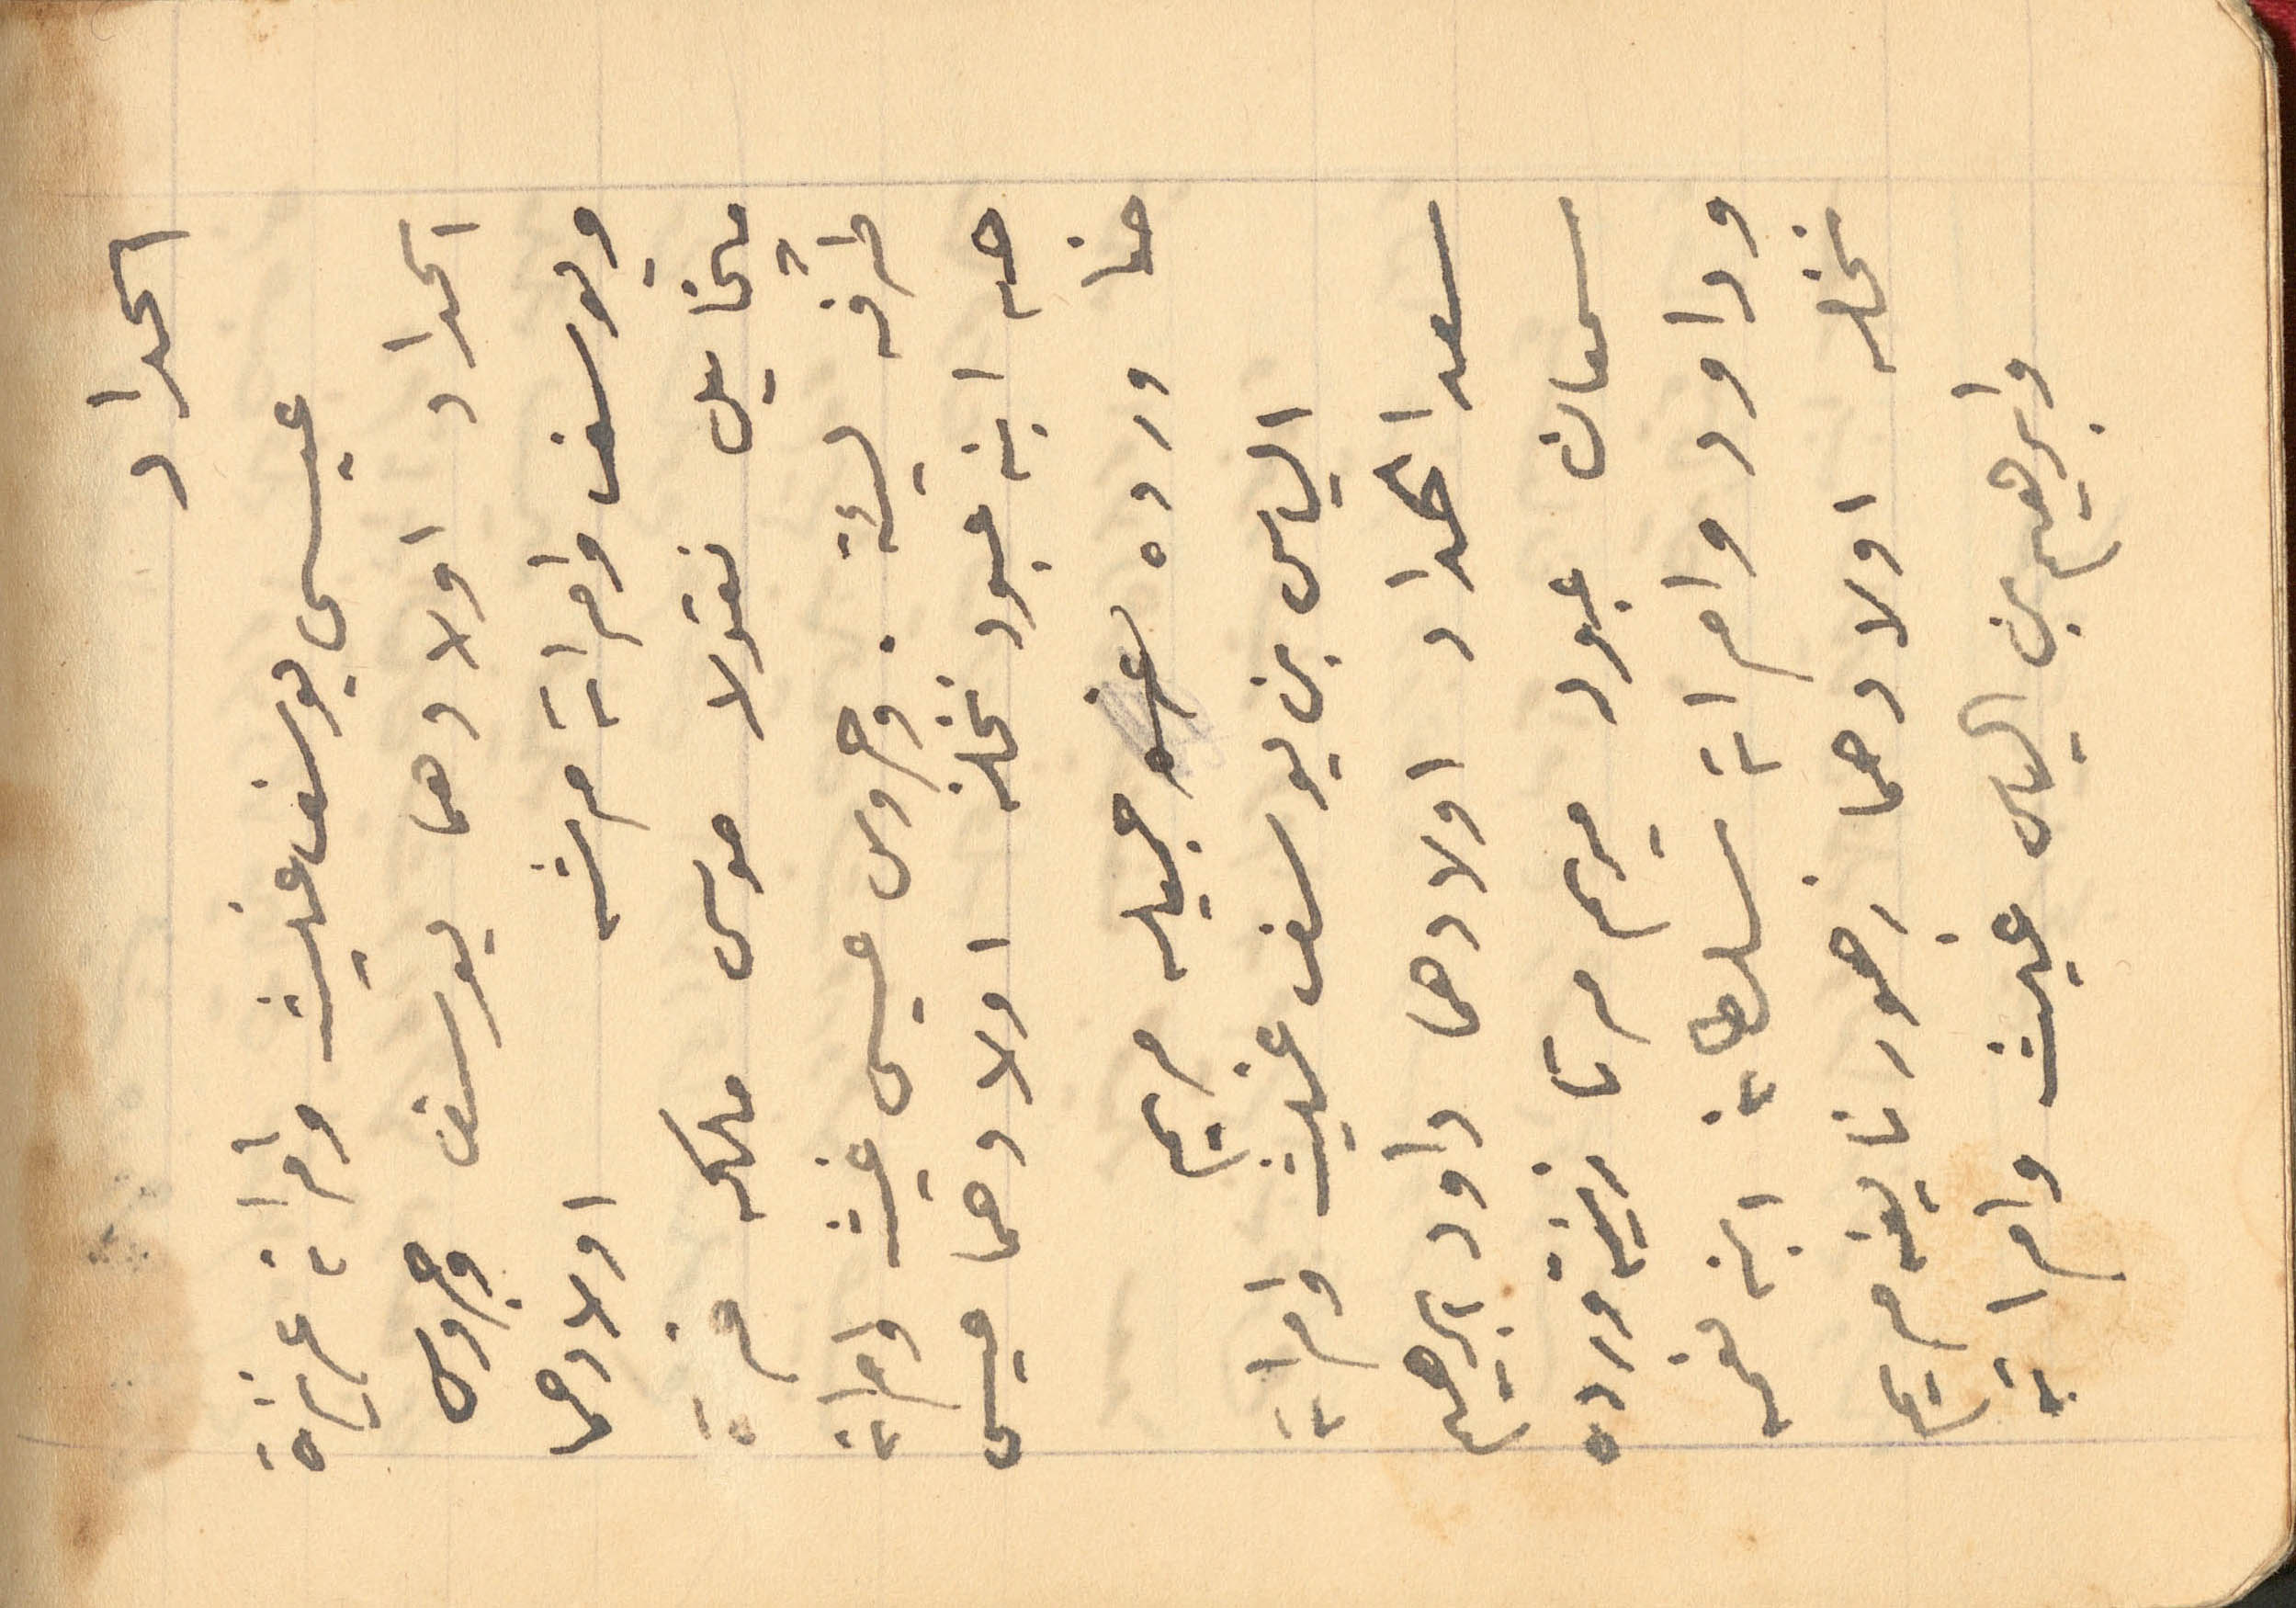
الحداد
عيسى يوسف غيث وامراته عزيزة
الحداد اولادهما يوسف وجروس
ويوسف وامراته مرشه اولادهما
ميخايل نقولا موسى ملكه قرة
طرفة  لئية. وجروس عيسى غيث وامراته
حنه ابنه عبود نخلة اولادهما عيسى
حنا ورده غره جميله مريم
الياس بن يوسف غيث وامراته
سعدا الحداد اولادهما داود ابراهيم
سمعان عبود مريم مرتا زينة ورده
وداود وامراته سلطانه ابنه نعمه
نخله اولادهما زهور نايفه مريم
وابراهيم بن الياس غيث وامراته